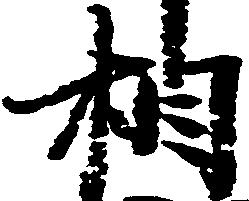
相